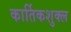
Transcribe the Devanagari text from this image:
कार्तिकशुक्ल